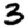
Digit: 3